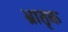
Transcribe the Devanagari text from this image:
भ्रातृक